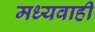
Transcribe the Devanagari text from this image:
मध्यवाही